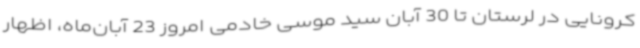
کرونایی در لرستان تا 30 آبان سید موسی خادمی امروز 23 آبان‌ماه، اظهار